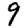
Digit: 9